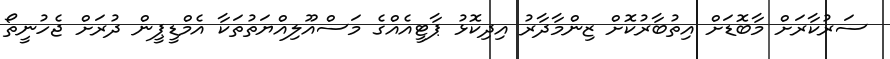
ސަރުކާރަށް މާބޮޑަށް އިތުބާރުކޮށް ޒިންމާދާރު އިދިކޮޅު ޕާޓީއެއްގެ މަސްއޫލިއްޔަތުތަކާ އެމްޑީޕީން ދުރަށް ޖެހުނީތޯ